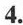
4.